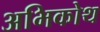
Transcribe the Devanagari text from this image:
अभिकोथ